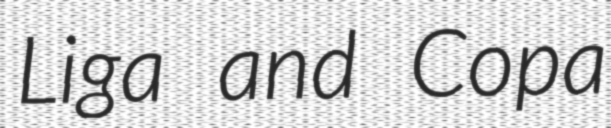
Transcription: Liga and Copa